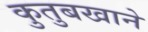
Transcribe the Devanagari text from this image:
कुतुबखाने